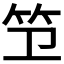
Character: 𫁱